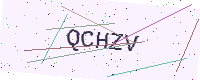
Text: QCHZV